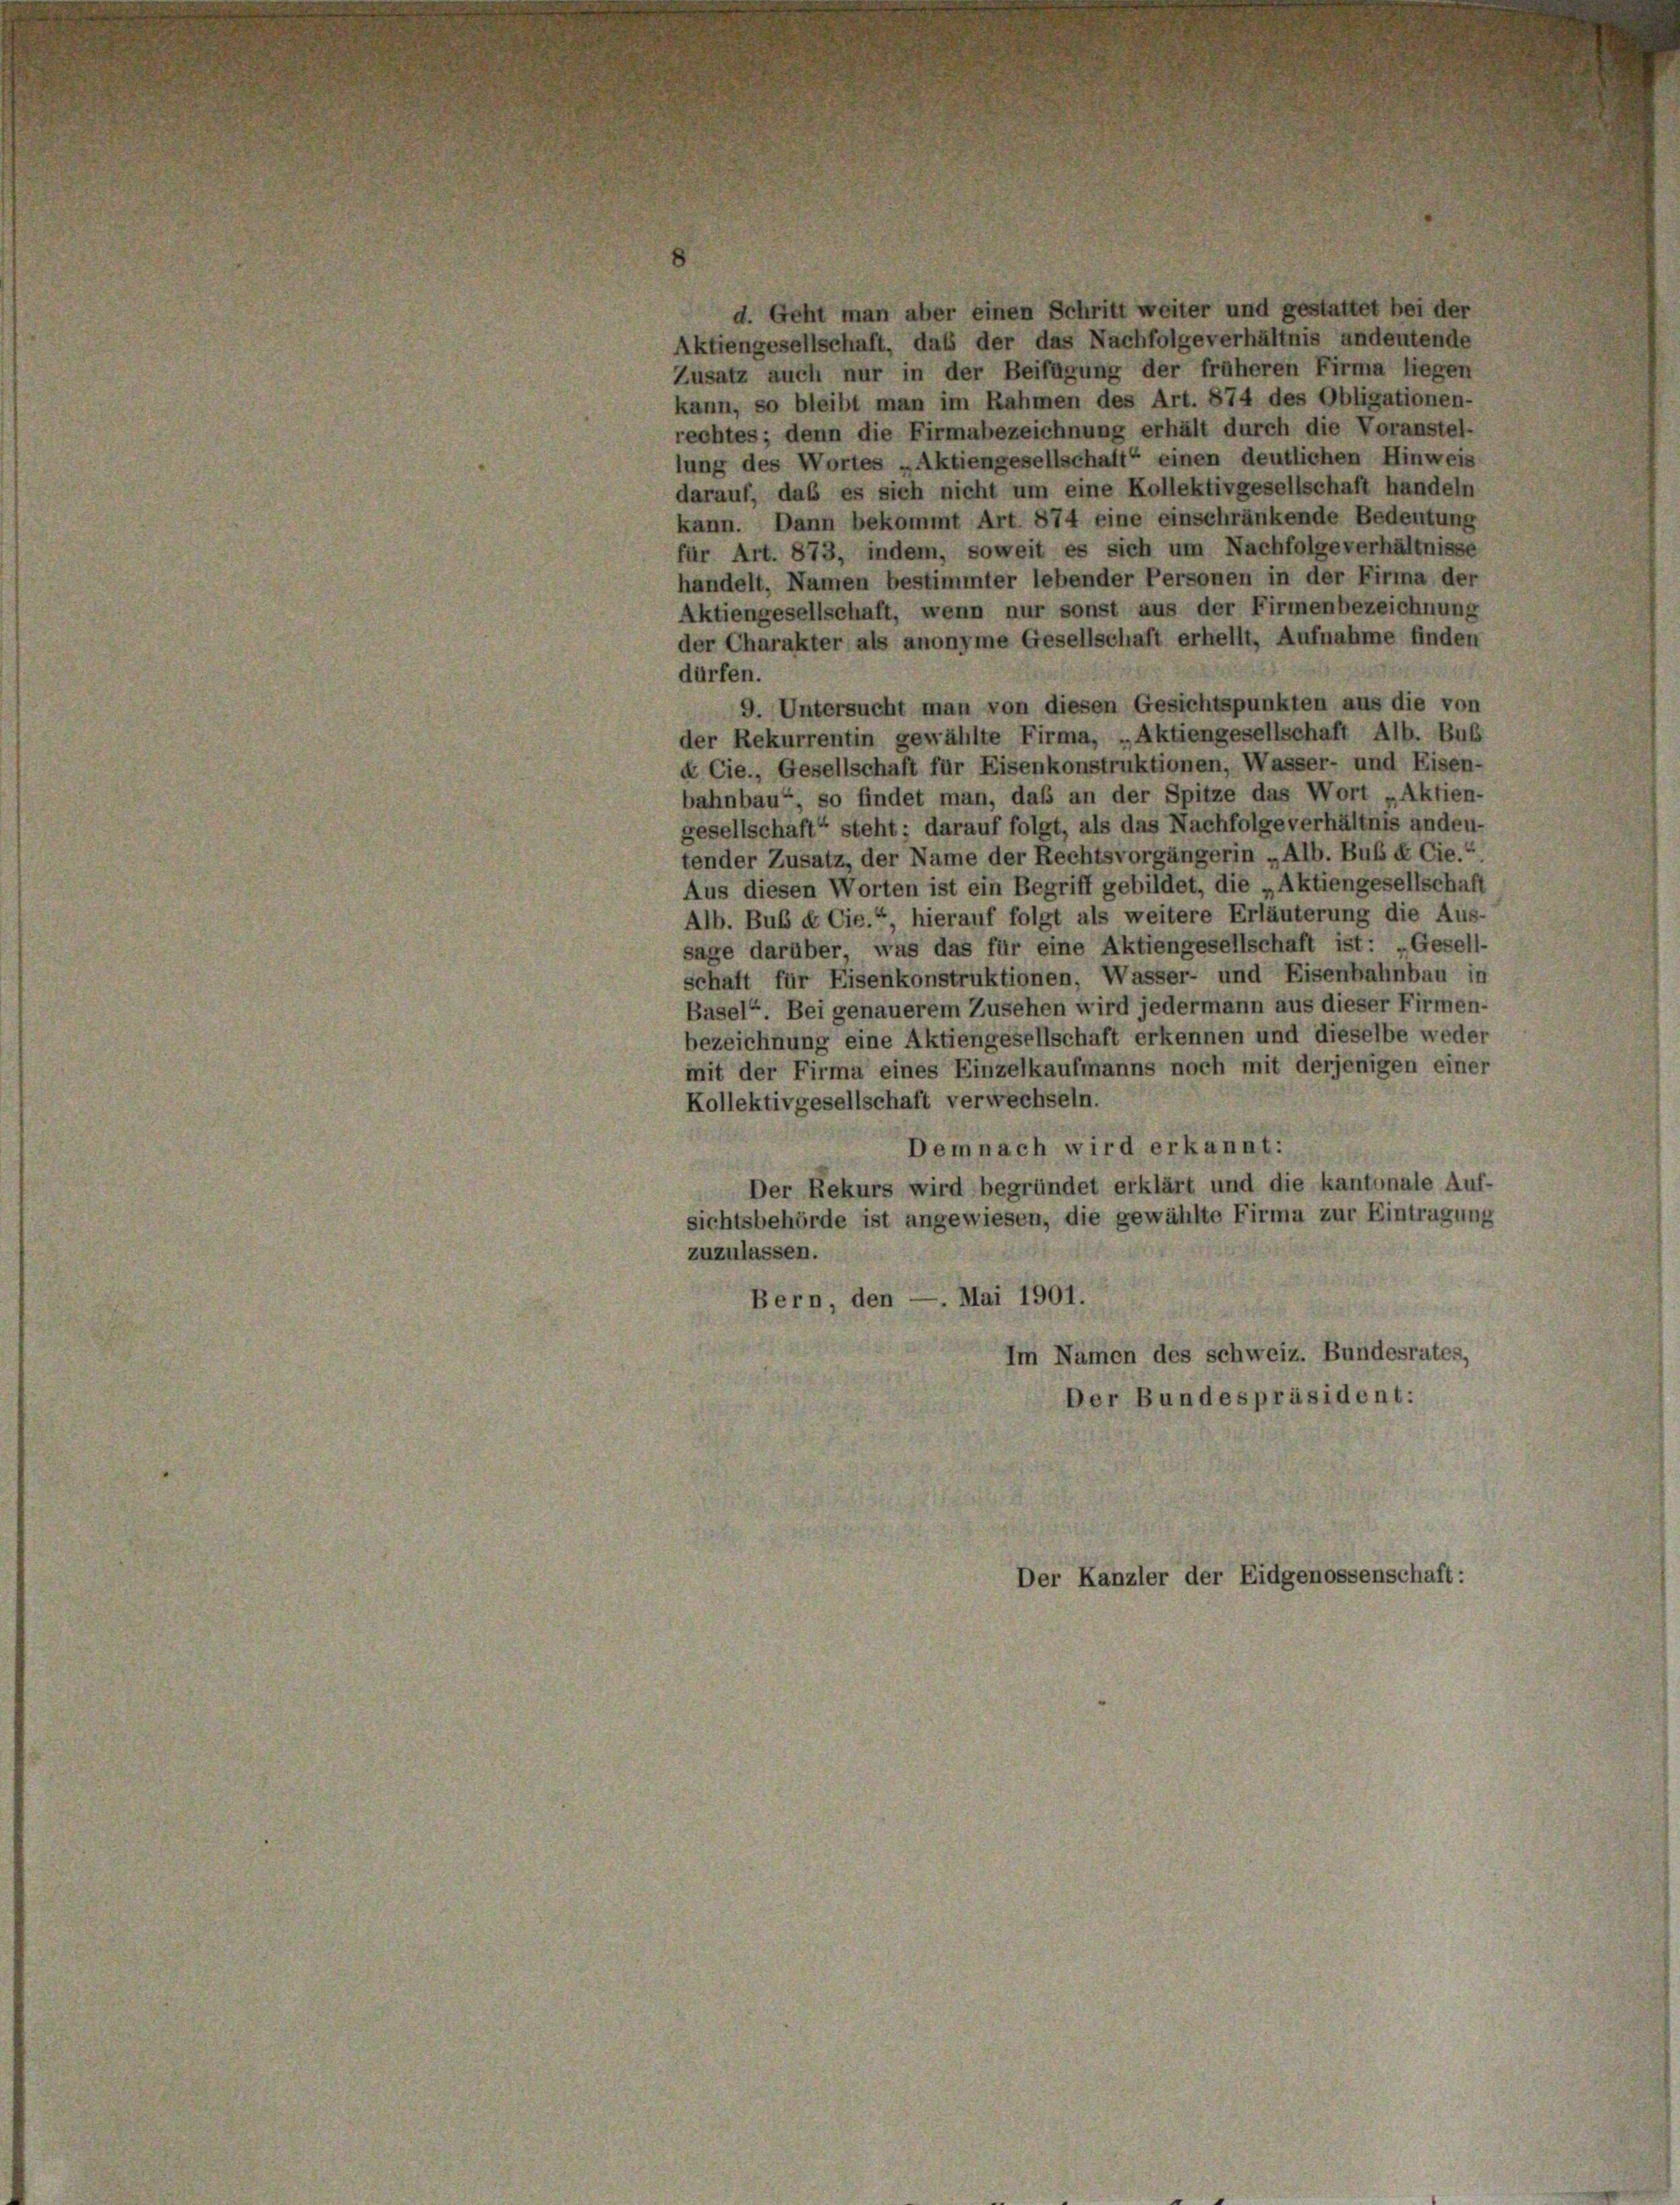
d. Geht man aber einen Schritt weiter und gestattet bei der
Aktiengesellschaft, daß der das Nachfolge verhältnis andeutende
Zusatz auch nur in der Beifügung der früheren Firma liegen
kann, so bleibt man im Rahmen des Art. 874 des Obligationen-
rechtes; denn die Firmabezeichnung erhält durch die Voranstel-
lung des Wortes „Aktiengesellschaft“ einen deutlichen Hinweis
darauf, daß es sich nicht um eine Kollektivgesellschaft handeln
kann. Dann bekommt Art. 874 eine einschränkende Bedeutung
für Art. 873, indem, soweit es sich um Nachfolge verhältnisse
handelt, Namen bestimmter lebender Personen in der Firma der
Aktiengesellschaft, wenn nur sonst aus der Firmenbezeichnung
der Charakter als anonyme Gesellschaft erhellt, Aufnahme finden
dürfen.
9. Untersucht man von diesen Gesichtspunkten aus die von
der Rekurrentin gewählte Firma, „Aktiengesellschaft Alb. Bub
k Cie., Gesellschaft für Eisenkonstruktionen, Wasser- und Eisen-
bahnbau“, so findet man, das an der Spitze das Wort „Aktien-
gesellschaft“ steht; darauf folgt, als das Nachfolge verhältnis andeu-
tender Zusatz, der Name der Rechtsvorgängerin „Alb. Bub & Cie.“
Aus diesen Worten ist ein Begriff gebildet, die „Aktiengesellschaft
Alb. Bub & Cie.“, hierauf folgt als weitere Erläuterung die Aus-
sage darüber, was das für eine Aktiengesellschaft ist: „Gesell-
schaft für Eisenkonstruktionen, Wasser- und Eisenbahnbau in
Basel“. Bei genauerem Zusehen wird jedermann aus dieser Firmen-
bezeichnung eine Aktiengesellschaft erkennen und dieselbe weder
mit der Firma eines Einzelkaufmanns noch mit derjenigen einer
Kollektivgesellschaft verwechseln.
Demnach wird erkannt:
Der Rekurs wird begründet erklärt und die kantonale Auf-
sichtsbehörde ist angewiesen, die gewählte Firma zur Eintragung
zuzulassen.
Bern, den — Mai 1901.
Im Namen des schweiz. Bundesrates,
Der Bundespräsident:
Der Kanzler der Eidgenossenschaft: